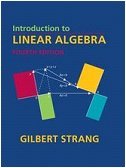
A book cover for Introduction to Linear Algebra, Fourth Edition; Gilbert Strang; Science & Math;